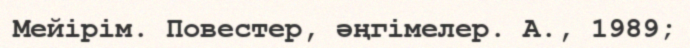
Мейірім. Повестер, әңгімелер. А., 1989;